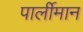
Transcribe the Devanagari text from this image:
पार्लीमान